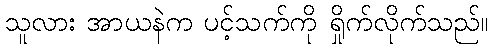
သူလား အာယနဲက ပင့်သက်ကို ရှိုက်လိုက်သည်။